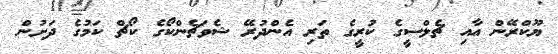
ޔޫކްރޭން އާއި ޗެލްސީގެ ކުރީގެ ތަރި އެންދުރޭ ޝެވަޗެންކޯގެ ކޯޗް ކަމުގެ ދަށުން